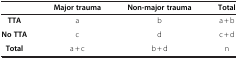
<table><thead><tr><td><b> </b></td><td><b>Major trauma</b></td><td><b>Non-major trauma</b></td><td><b>Total</b></td></tr></thead><tbody><tr><td><b>TTA</b></td><td>a</td><td>b</td><td>a + b</td></tr><tr><td><b>No TTA</b></td><td>c</td><td>d</td><td>c + d</td></tr><tr><td><b>Total</b></td><td>a + c</td><td>b + d</td><td>n</td></tr></tbody></table>